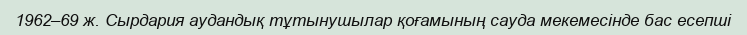
1962–69 ж. Сырдария аудандық тұтынушылар қоғамының сауда мекемесінде бас есепші